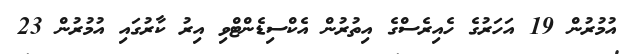
އުމުރުން 19 އަހަރުގެ ހެއިރެސްގެ އިތުރުން އެކްސިޑެންޓްވި އިރު ކާރުގައި އުމުރުން 23